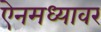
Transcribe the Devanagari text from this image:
ऐनमध्यावर